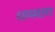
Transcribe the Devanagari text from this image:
ग्रामराग